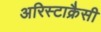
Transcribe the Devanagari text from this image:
अरिस्टाक्रैसी